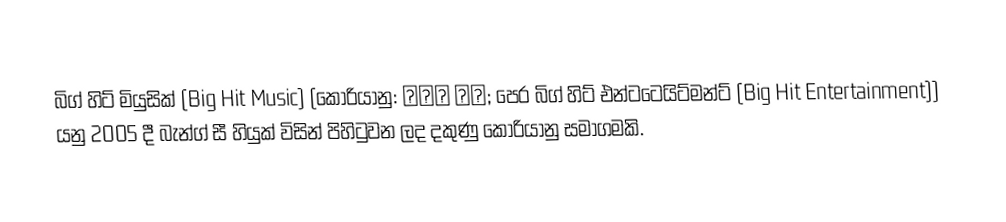
බිග් හිට් මියුසික් (Big Hit Music) (කොරියානු: 빅히트 뮤직; පෙර බිග් හිට් එන්ටටෙයිට්මන්ට් (Big Hit Entertainment)) යනු 2005 දී බැන්ග් සී හියුක් විසින් පිහිටුවන ලද දකුණු කොරියානු සමාගමකි.